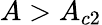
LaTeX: A>A_{c2}